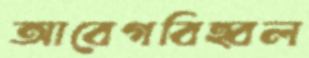
আবেগবিহ্বল